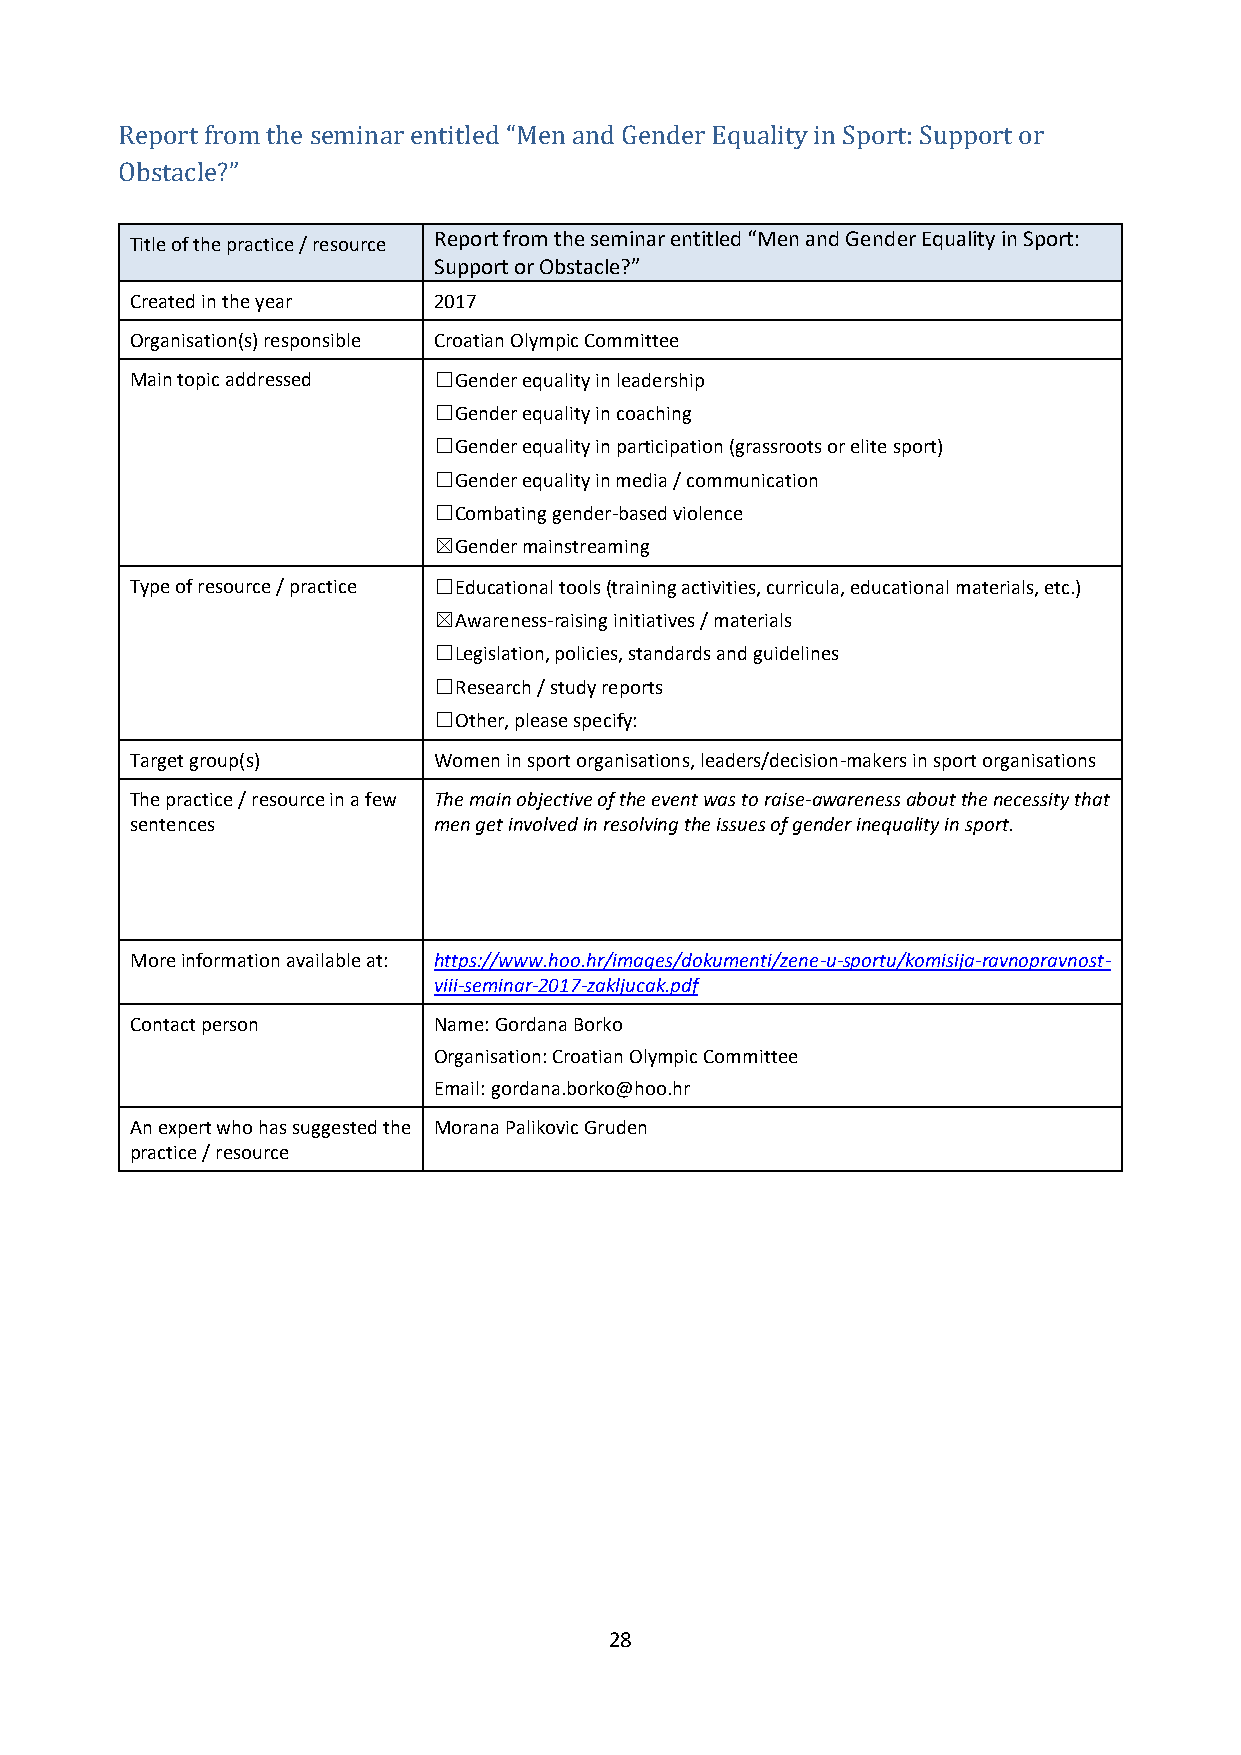
Report from the seminar entitled “Men and Gender Equality in Sport: Support or
 Obstacle?”
 Title of the practice / resource Report from the seminar entitled “Men and Gender Equality in Sport:
 Support or Obstacle?”
 Created in the year 2017
 Organisation(s) responsible Croatian Olympic Committee
 Main topic addressed ☐Gender equality in leadership
 ☐Gender equality in coaching
 ☐Gender equality in participation (grassroots or elite sport)
 ☐Gender equality in media / communication
 ☐Combating gender-based violence
 ☒Gender mainstreaming
 Type of resource / practice ☐Educational tools (training activities, curricula, educational materials, etc.)
 ☒Awareness-raising initiatives / materials
 ☐Legislation, policies, standards and guidelines
 ☐Research / study reports
 ☐Other, please specify:
 Target group(s)     Women in sport organisations, leaders/decision-makers in sport organisations
 The practice / resource in a few The main objective of the event was to raise-awareness about the necessity that
 sentences           men get involved in resolving the issues of gender inequality in sport.
 More information available at: https://www.hoo.hr/images/dokumenti/zene-u-sportu/komisija-ravnopravnost-
 viii-seminar-2017-zakljucak.pdf
 Contact person      Name: Gordana Borko
 Organisation: Croatian Olympic Committee
 Email: gordana.borko@hoo.hr
 An expert who has suggested the Morana Palikovic Gruden
 practice / resource
 28